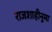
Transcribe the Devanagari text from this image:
राजशाहीनुमा